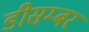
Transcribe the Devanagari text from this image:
डीसम्बर